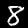
Digit: 8